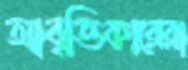
আবৃত্তিকারেরা